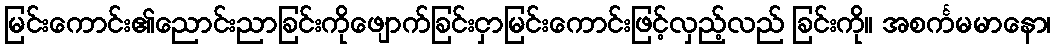
မြင်းကောင်း၏ညောင်းညာခြင်းကိုဖျောက်ခြင်းငှာမြင်းကောင်းဖြင့်လှည့်လည် ခြင်းကို။ အစင်္ကမမာနော၊